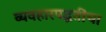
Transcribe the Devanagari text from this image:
व्यवहारपद्धतींचा